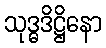
သုဒ္ဓဒိဋ္ဌိနော